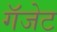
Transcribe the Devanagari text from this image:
गॅजेट